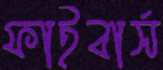
ফাইবার্স